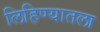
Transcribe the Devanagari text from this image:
लिहिण्यातला